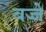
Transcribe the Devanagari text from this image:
बज्जे